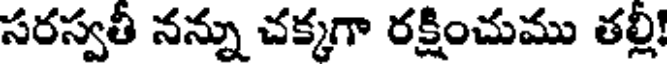
సరస్వతీ నన్ను చక్కగా రక్షించుము తల్లి!